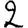
Digit: 2